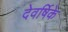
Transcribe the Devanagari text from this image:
देवर्षिके